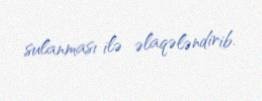
sulanması ilə əlaqələndirib.